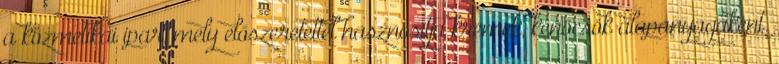
a kozmetikai ipar, mely előszeretettel hasznosítja krémek, kenőcsök alapanyagaként.